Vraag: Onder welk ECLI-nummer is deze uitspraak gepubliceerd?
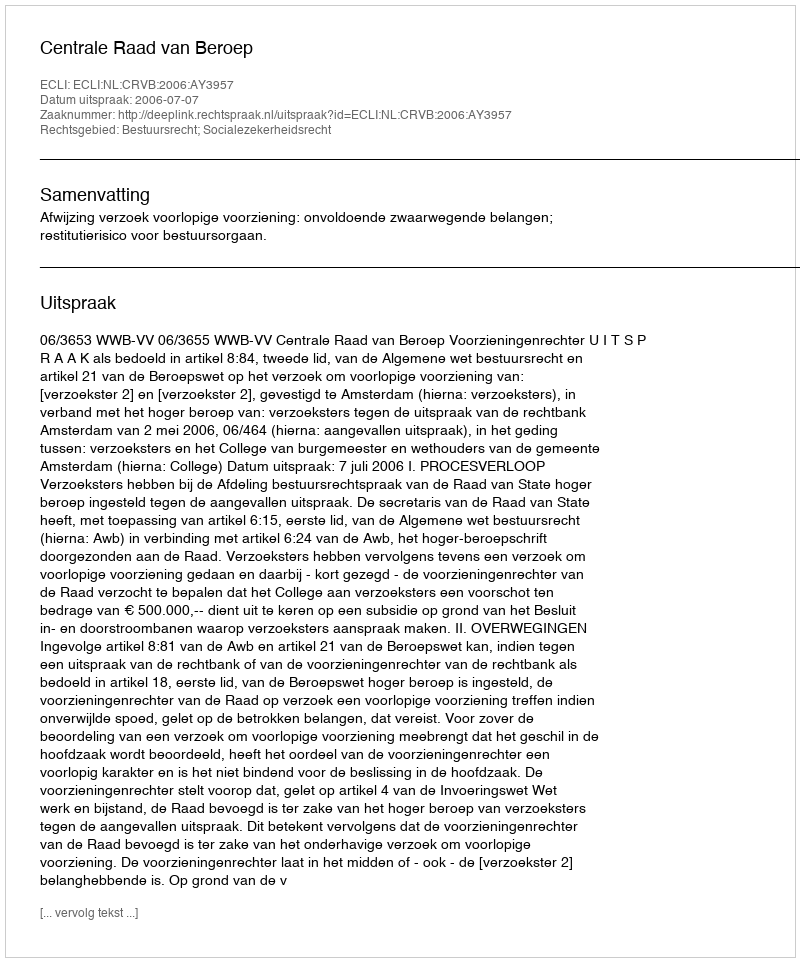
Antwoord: ECLI:NL:CRVB:2006:AY3957